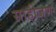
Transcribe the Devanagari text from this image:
साहीजण